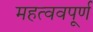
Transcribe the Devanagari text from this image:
महत्ववपूर्ण